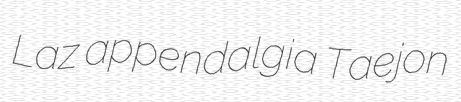
Laz appendalgia Taejon